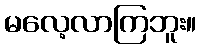
မလေ့လာကြဘူး။